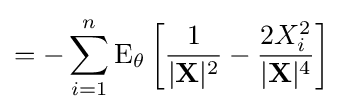
=-\sum _{i=1}^{n}\operatorname {E} _{\theta }\left[{\frac {1}{|\mathbf {X} |^{2}}}-{\frac {2X_{i}^{2}}{|\mathbf {X} |^{4}}}\right]